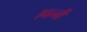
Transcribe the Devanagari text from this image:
।पत्नी